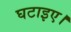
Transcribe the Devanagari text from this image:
घटाइए।